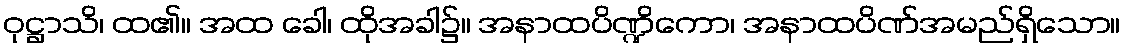
ဝုဋ္ဌာသိ၊ ထ၏။ အထ ခေါ၊ ထိုအခါ၌။ အနာထပိဏ္ဍိကော၊ အနာထပိဏ်အမည်ရှိသော။